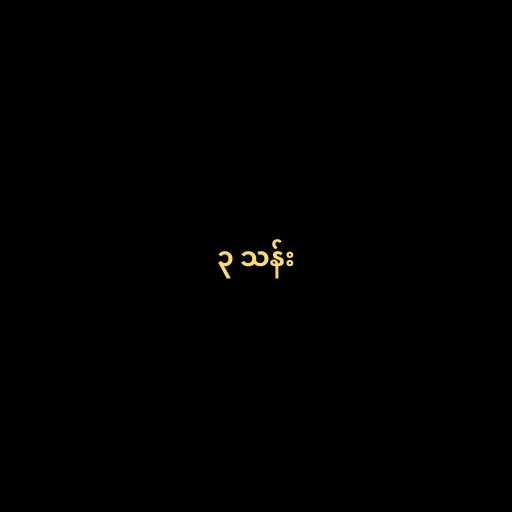
၃ သန်း